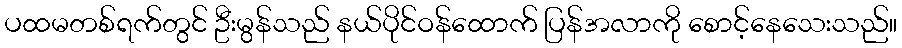
ပထမတစ်ရက်တွင် ဦးမွန်သည် နယ်ပိုင်ဝန်ထောက် ပြန်အလာကို စောင့်နေသေးသည်။